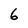
Character: 6